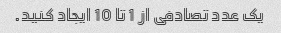
یک عدد تصادفی از 1 تا 10 ایجاد کنید.